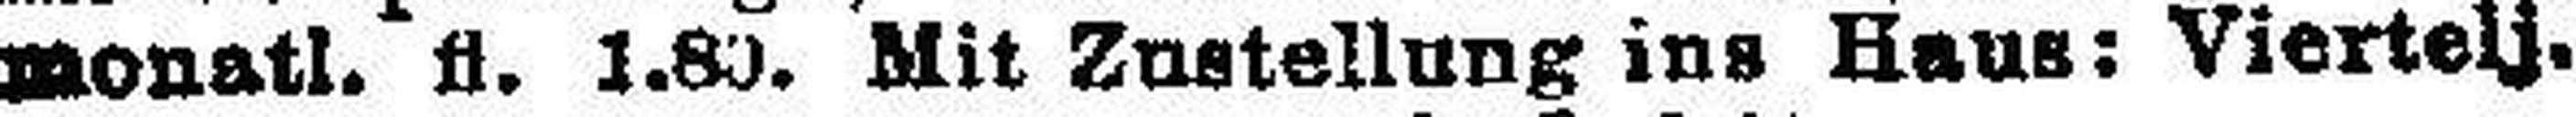
monatl. fl. 1.80. Mit Zustellung ins Haus: Vierteij.